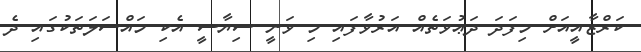
ކަރްޒާއީއަށް މިފަދަ ދަޢުވަތެއް އަރުވާފައި މި ވަނީ ސިޔާސީ އެކި މައްސަލަތަކުގައި ދެ